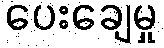
ပေးချေမှု